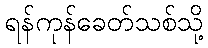
ရန်ကုန်ခေတ်သစ်သို့